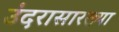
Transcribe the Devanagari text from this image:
उंदरासारख्या